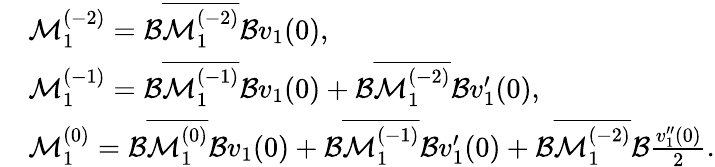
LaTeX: \begin{array}{rl}&{\mathcal{M}_{1}^{(-2)}=\mathcal{B}\overline{{\mathcal{M}_{1}^{(-2)}}}\mathcal{B}v_{1}(0),}\\ &{\mathcal{M}_{1}^{(-1)}=\mathcal{B}\overline{{\mathcal{M}_{1}^{(-1)}}}\mathcal{B}v_{1}(0)+\mathcal{B}\overline{{\mathcal{M}_{1}^{(-2)}}}\mathcal{B}v_{1}^{\prime}(0),}\\ &{\mathcal{M}_{1}^{(0)}=\mathcal{B}\overline{{\mathcal{M}_{1}^{(0)}}}\mathcal{B}v_{1}(0)+\mathcal{B}\overline{{\mathcal{M}_{1}^{(-1)}}}\mathcal{B}v_{1}^{\prime}(0)+\mathcal{B}\overline{{\mathcal{M}_{1}^{(-2)}}}\mathcal{B}\frac{v_{1}^{\prime\prime}(0)}{2}.}\end{array}